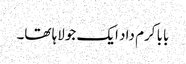
بابا کرم داد ایک جولاہا تھا۔